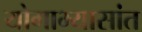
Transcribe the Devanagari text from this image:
योगाभ्यासांत